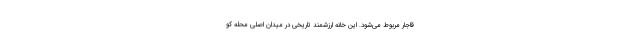
قاجار مربوط می‌شود. این خانه ارزشمند تاریخی در میدان اصلی محله کو